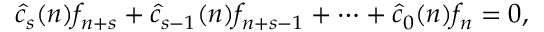
{ \widehat { c } } _ { s } ( n ) f _ { n + s } + { \widehat { c } } _ { s - 1 } ( n ) f _ { n + s - 1 } + \cdots + { \widehat { c } } _ { 0 } ( n ) f _ { n } = 0 ,